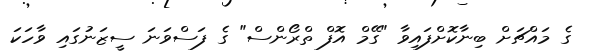
ގެ މައްޗަށް ބިނާކޮށްފައިވާ "ގޭމް އޮފް ތްރޯންސް" ގެ ފަސްވަނަ ސީޒަނުގައި ވާހަކަ